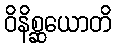
ဝိနိစ္ဆယောတိ